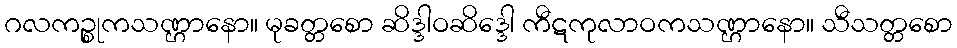
ဂလကဉ္စုကသဏ္ဌာနော။ မုခတ္တစော ဆိဒ္ဒါဝဆိဒ္ဒေါ ကီဋကုလာဝကသဏ္ဌာနော။ သီသတ္တစော